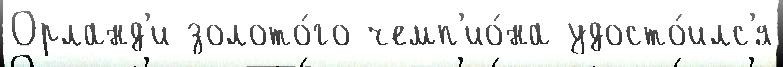
Орланд'и золото́го чемп'ио́на удосто́илс'я